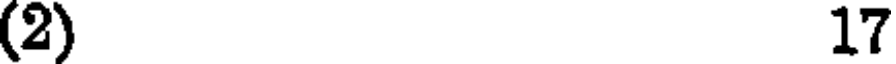
(2) 17